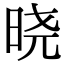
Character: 晓